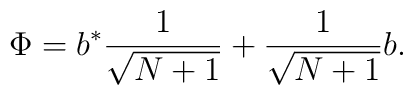
\Phi=b^{*}\frac{1}{\sqrt{N+1}}+\frac{1}{\sqrt{N+1}}b.